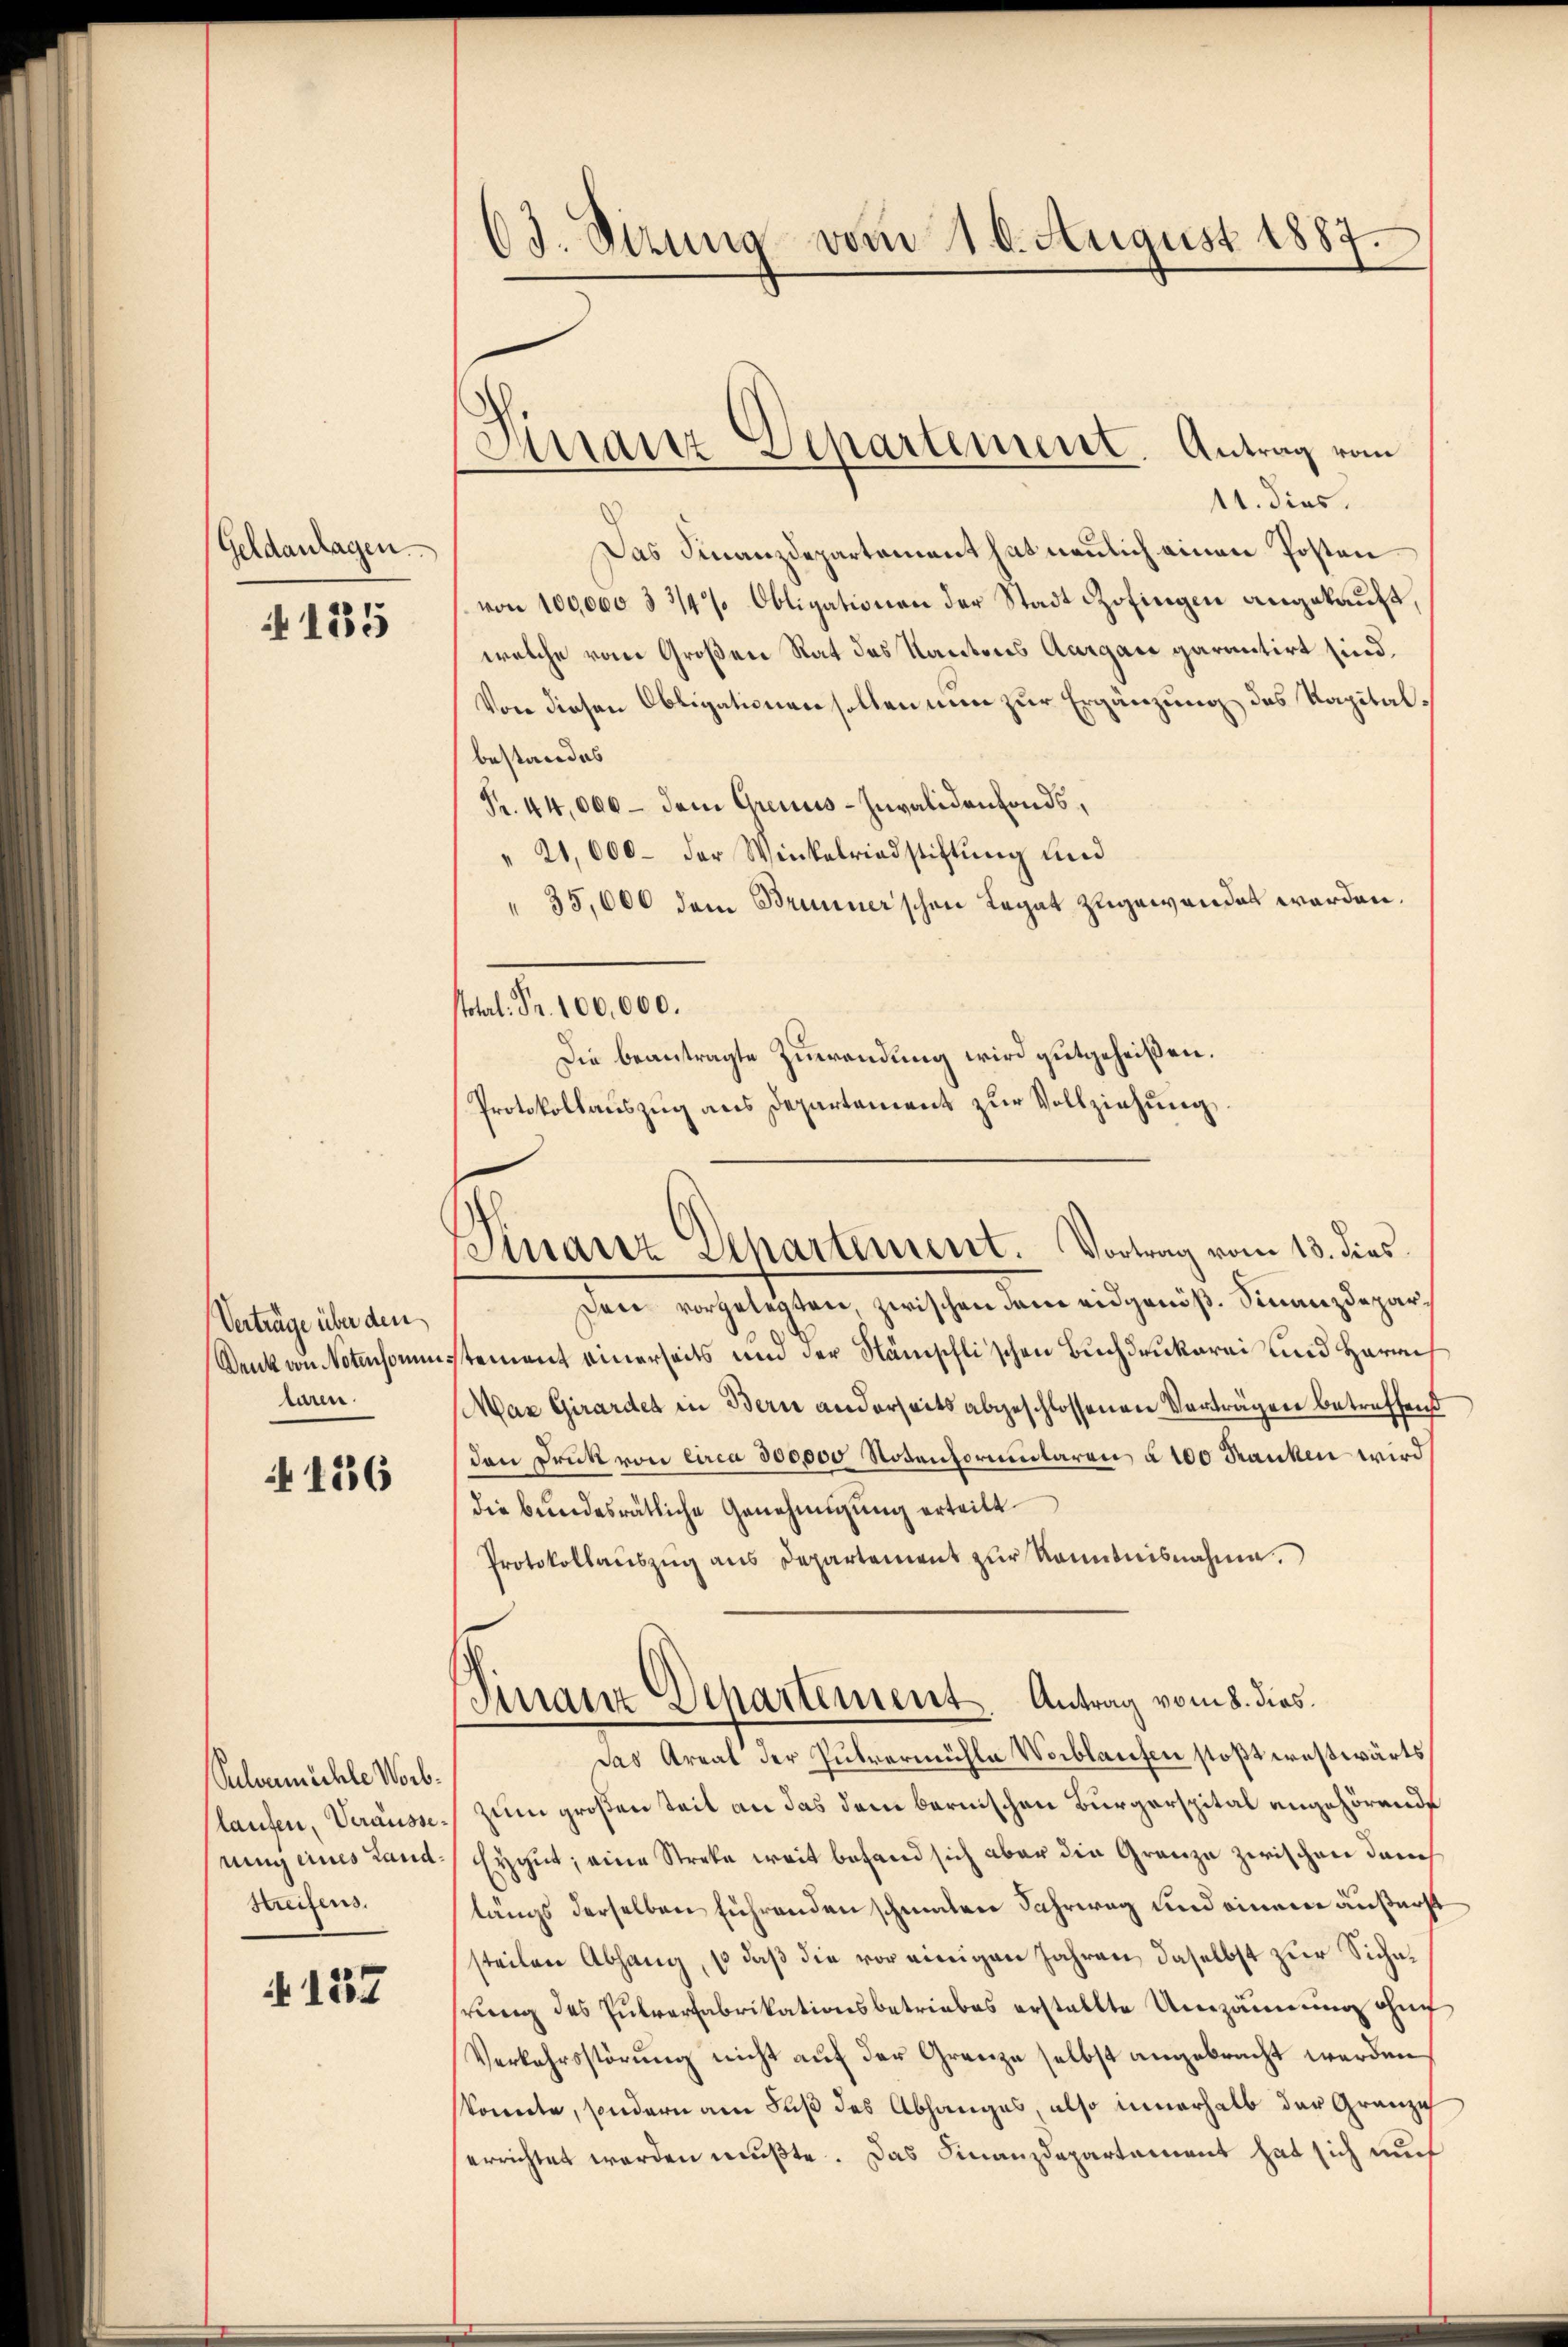
Geldanlagen.

135

Verträge über den
Denk von Notensonen.
laren.

156

Slonmühle Worb.
laufen, Veräussenung eines Land¬
Streifens.

137

6d. Sitzung vom 10. August 1887.

Finanz-Departement. Antrag vom

11. dies
Das Finanzdepartement hat neulich einen Posten
von 100,000 3 3/4% Obligationen der Stadt Zofingen angekauft,
welche vom Großen Rat des Kantons Aargare garantirt sind.
Von diesen Obligationen sollen nun zur Ergänzung des Kapitalbestandes
Fr. 44,000 - dem Greius-Invalidenfonds,
" 21,000 - der Winkelriadstiftŭng und
" 35,000 dem Brunnerschen Legat zugewandet werden.
stotal. Fr. 100,000.
Die beantragte Zuwendung wird gutgeheißen.
Protokollauszug aus Departement zur Vollziehung.

Pinariz Departement. Vortrag vom 13. dies

Finanz Departement Antrag vom 8. dies

sere vorgelegten, zwischen dem eidgenöß. Finanzdepartement einerseits und der Nänischlischen Buchdrukerei und Harris
Maz Girardet in Bern anderseits abgeschlossenen Vorträgen betreffend
dan Druk von circa 300,000 Notenformularen à 100 Franken wird
die bundesrätliche Genehmigung erteilt.
Protokollaŭszŭg ans Departement zŭr Kenntnisnahme.
Das Areal der Pulvermühle Weiblaufen stoßt westwärts,
zum großen Zeit an das dem bernischen Bürgerspital angehörende
Eygut; eine Streke weit befand sich aber die Grenze zwischen dem
langs derselben führenden schmalen Fahrweg und einem äußerst
steilen Abhang, so daß die vor einigen Jahren, daselbst zur Sichahrung des Intverfabrikationsbetriebes erstellte Umzäumung ohn
Verkehrsstörŭng nicht auf der Grenze selbst angebracht werden
konnte, sondern am Fuß des Abhanges, also innerhalb der Granze
errichtet werden mußte. Das Finanzdepartement hat sich mit